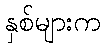
နှစ်များက